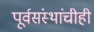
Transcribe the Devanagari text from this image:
पूर्वसंस्थांचीही